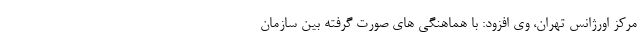
مرکز اورژانس تهران، وی افزود: با هماهنگی های صورت گرفته بین سازمان